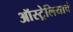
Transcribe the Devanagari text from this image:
ऑस्ट्रेलियाचं